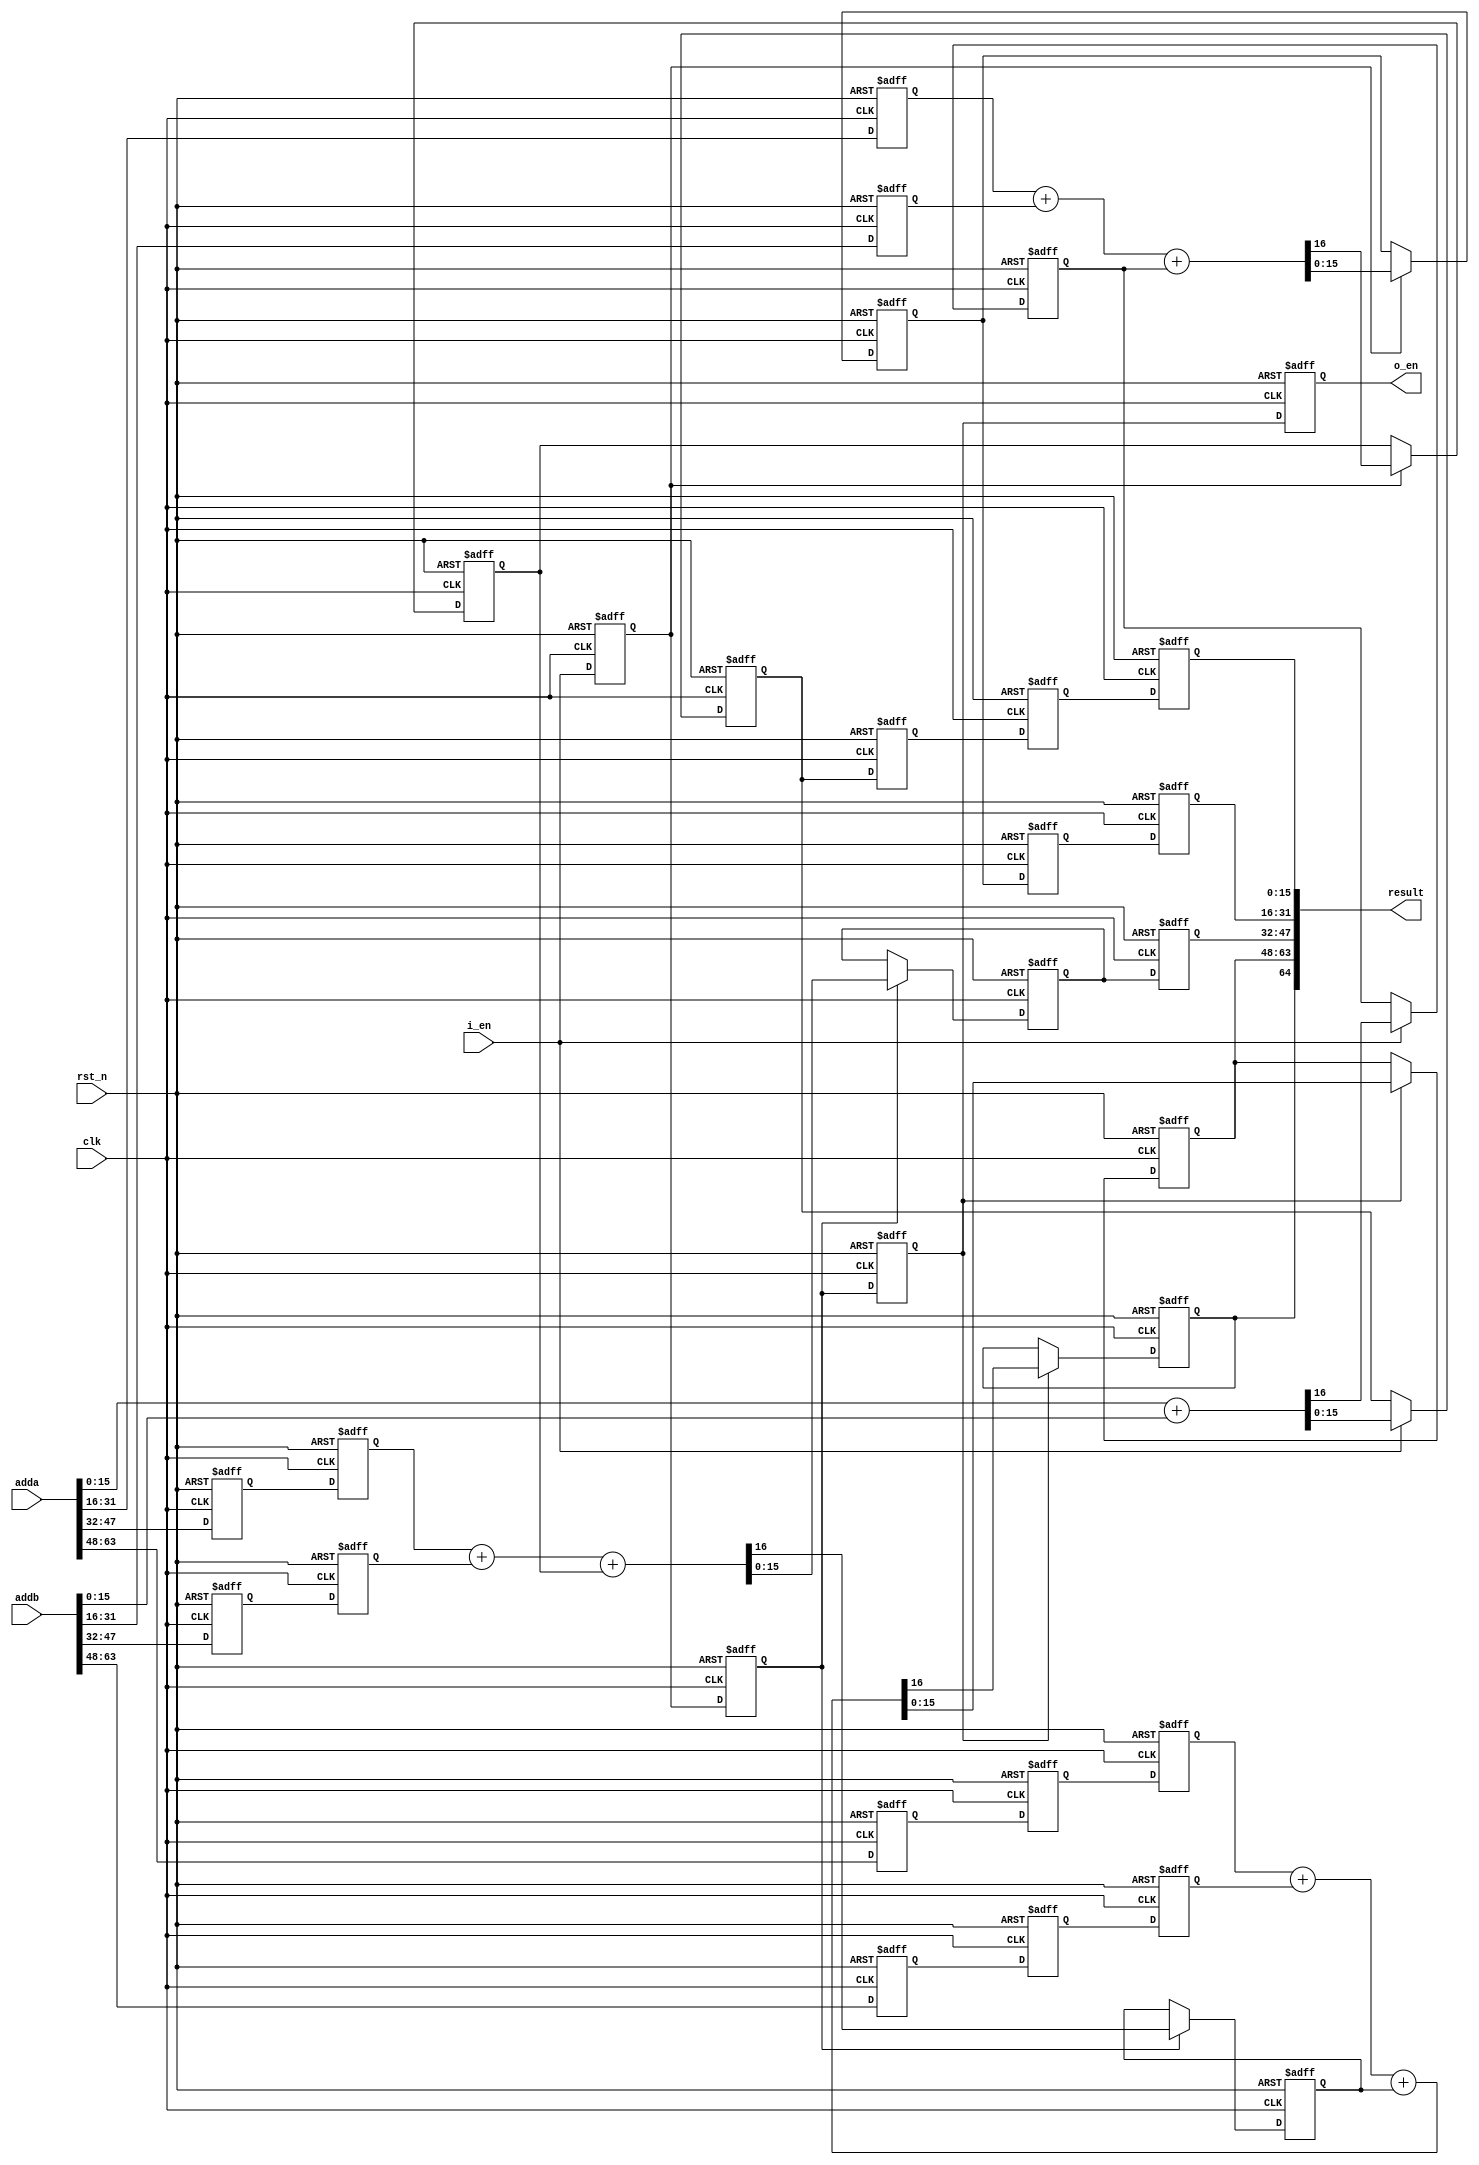
module verified_adder_pipe_64bit
#(
    parameter DATA_WIDTH = 64,
    parameter STG_WIDTH = 16
)
(
    input clk,
    input rst_n,
    input i_en,
    input [DATA_WIDTH-1:0] adda,
    input [DATA_WIDTH-1:0] addb,
    output [DATA_WIDTH:0] result,
    output reg o_en
);

reg stage1;
reg stage2;
reg stage3;

wire [STG_WIDTH-1:0] a1;
wire [STG_WIDTH-1:0] b1;
wire [STG_WIDTH-1:0] a2;
wire [STG_WIDTH-1:0] b2;
wire [STG_WIDTH-1:0] a3;
wire [STG_WIDTH-1:0] b3;
wire [STG_WIDTH-1:0] a4;
wire [STG_WIDTH-1:0] b4;

reg [STG_WIDTH-1:0] a2_ff1;
reg [STG_WIDTH-1:0] b2_ff1;

reg [STG_WIDTH-1:0] a3_ff1;
reg [STG_WIDTH-1:0] b3_ff1;
reg [STG_WIDTH-1:0] a3_ff2;
reg [STG_WIDTH-1:0] b3_ff2;

reg [STG_WIDTH-1:0] a4_ff1;
reg [STG_WIDTH-1:0] b4_ff1;
reg [STG_WIDTH-1:0] a4_ff2;
reg [STG_WIDTH-1:0] b4_ff2;
reg [STG_WIDTH-1:0] a4_ff3;
reg [STG_WIDTH-1:0] b4_ff3;

reg c1;
reg c2;
reg c3;
reg c4;

reg [STG_WIDTH-1:0] s1;
reg [STG_WIDTH-1:0] s2;
reg [STG_WIDTH-1:0] s3;
reg [STG_WIDTH-1:0] s4;

reg [STG_WIDTH-1:0] s1_ff1;
reg [STG_WIDTH-1:0] s1_ff2;
reg [STG_WIDTH-1:0] s1_ff3;

reg [STG_WIDTH-1:0] s2_ff1;
reg [STG_WIDTH-1:0] s2_ff2;

reg [STG_WIDTH-1:0] s3_ff1;

assign a1 = adda[STG_WIDTH-1:0];
assign b1 = addb[STG_WIDTH-1:0];
assign a2 = adda[STG_WIDTH*2-1:16];
assign b2 = addb[STG_WIDTH*2-1:16];
assign a3 = adda[STG_WIDTH*3-1:32];
assign b3 = addb[STG_WIDTH*3-1:32];
assign a4 = adda[STG_WIDTH*4-1:48];
assign b4 = addb[STG_WIDTH*4-1:48];

always @(posedge clk, negedge rst_n) begin
    if (!rst_n) begin
        stage1 <= 1'b0;
        stage2 <= 1'b0;
        stage3 <= 1'b0;
        o_en <= 1'b0;
    end
    else begin
        stage1 <= i_en;
        stage2 <= stage1;
        stage3 <= stage2;
        o_en <= stage3;
    end
end

always @(posedge clk, negedge rst_n) begin
    if (!rst_n) begin
        a2_ff1 <= 'd0;
        b2_ff1 <= 'd0;
        a3_ff1 <= 'd0;
        b3_ff1 <= 'd0;
        a3_ff2 <= 'd0;
        b3_ff2 <= 'd0;
        a4_ff1 <= 'd0;
        b4_ff1 <= 'd0;
        a4_ff2 <= 'd0;
        b4_ff2 <= 'd0;
        a4_ff3 <= 'd0;
        b4_ff3 <= 'd0;
    end
    else begin
        a2_ff1 <= a2;
        b2_ff1 <= b2;
        a3_ff1 <= a3;
        b3_ff1 <= b3;
        a3_ff2 <= a3_ff1;
        b3_ff2 <= b3_ff1;
        a4_ff1 <= a4;
        b4_ff1 <= b4;
        a4_ff2 <= a4_ff1;
        b4_ff2<= b4_ff1;
        a4_ff3 <= a4_ff2;
        b4_ff3 <= b4_ff2;
    end
end

always @(posedge clk, negedge rst_n) begin
    if (!rst_n) begin
        s1_ff1 <= 'd0;
        s1_ff2 <= 'd0;
        s1_ff3 <= 'd0;
        s2_ff1 <= 'd0;
        s2_ff2 <= 'd0;
        s3_ff1 <= 'd0;
    end
    else begin
        s1_ff1 <= s1;
        s1_ff2 <= s1_ff1;
        s1_ff3 <= s1_ff2;
        s2_ff1 <= s2;
        s2_ff2 <= s2_ff1;
        s3_ff1 <= s3;
    end
end

always @(posedge clk, negedge rst_n) begin
    if (!rst_n) begin
        c1 <= 1'b0;
        s1 <= 'd0;
    end
    else if (i_en) begin
        {c1, s1} <= a1 + b1;
    end
    else begin
        c1 <= c1;
        s1 <= s1;
    end
end

always @(posedge clk, negedge rst_n) begin
    if (!rst_n) begin
        c2 <= 1'b0;
        s2 <= 'd0;
    end
    else if (stage1) begin
        {c2, s2} <= a2_ff1 + b2_ff1 + c1;
    end
    else begin
        c2 <= c2;
        s2 <= s2;
    end
end

always @(posedge clk, negedge rst_n) begin
    if (!rst_n) begin
        c3 <= 1'b0;
        s3 <= 'd0;
    end
    else if (stage2) begin
        {c3, s3} <= a3_ff2 + b3_ff2 + c2;
    end
    else begin
        c3 <= c3;
        s3 <= s3;
    end
end

always @(posedge clk, negedge rst_n) begin
    if (!rst_n) begin
        c4 <= 1'b0;
        s4 <= 'd0;
    end
    else if (stage3) begin
        {c4, s4} <= a4_ff3 + b4_ff3 + c3;
    end
    else begin
        c4 <= c4;
        s4 <= s4;
    end
end

assign result = {c4, s4, s3_ff1, s2_ff2, s1_ff3};

endmodule